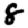
Digit: 8